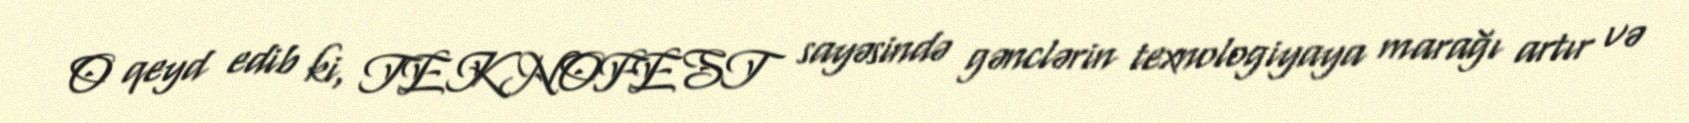
O qeyd edib ki, TEKNOFEST sayəsində gənclərin texnologiyaya marağı artır və